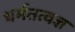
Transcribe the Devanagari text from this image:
धर्मतत्वज्ञ